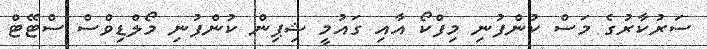
ސަރުކާރުގެ މަސް ކުންފުނި މިފްކޯ އާއި ގައުމީ ޝިޕިން ކުންފުނި މޯލްޑިވްސް ސްޓޭޓް